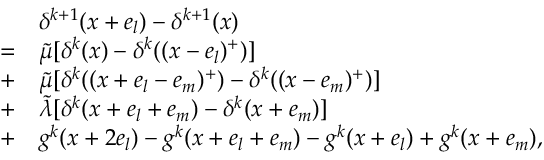
\begin{array} { r l } & { \delta ^ { k + 1 } ( x + e _ { l } ) - \delta ^ { k + 1 } ( x ) } \\ { = } & { \tilde { \mu } [ \delta ^ { k } ( x ) - \delta ^ { k } ( ( x - e _ { l } ) ^ { + } ) ] } \\ { + } & { \tilde { \mu } [ \delta ^ { k } ( ( x + e _ { l } - e _ { m } ) ^ { + } ) - \delta ^ { k } ( ( x - e _ { m } ) ^ { + } ) ] } \\ { + } & { \tilde { \lambda } [ \delta ^ { k } ( x + e _ { l } + e _ { m } ) - \delta ^ { k } ( x + e _ { m } ) ] } \\ { + } & { g ^ { k } ( x + 2 e _ { l } ) - g ^ { k } ( x + e _ { l } + e _ { m } ) - g ^ { k } ( x + e _ { l } ) + g ^ { k } ( x + e _ { m } ) , } \end{array}